38_143685_box_Incident_Summaries_173-233
Agency: Department of War
Page 39
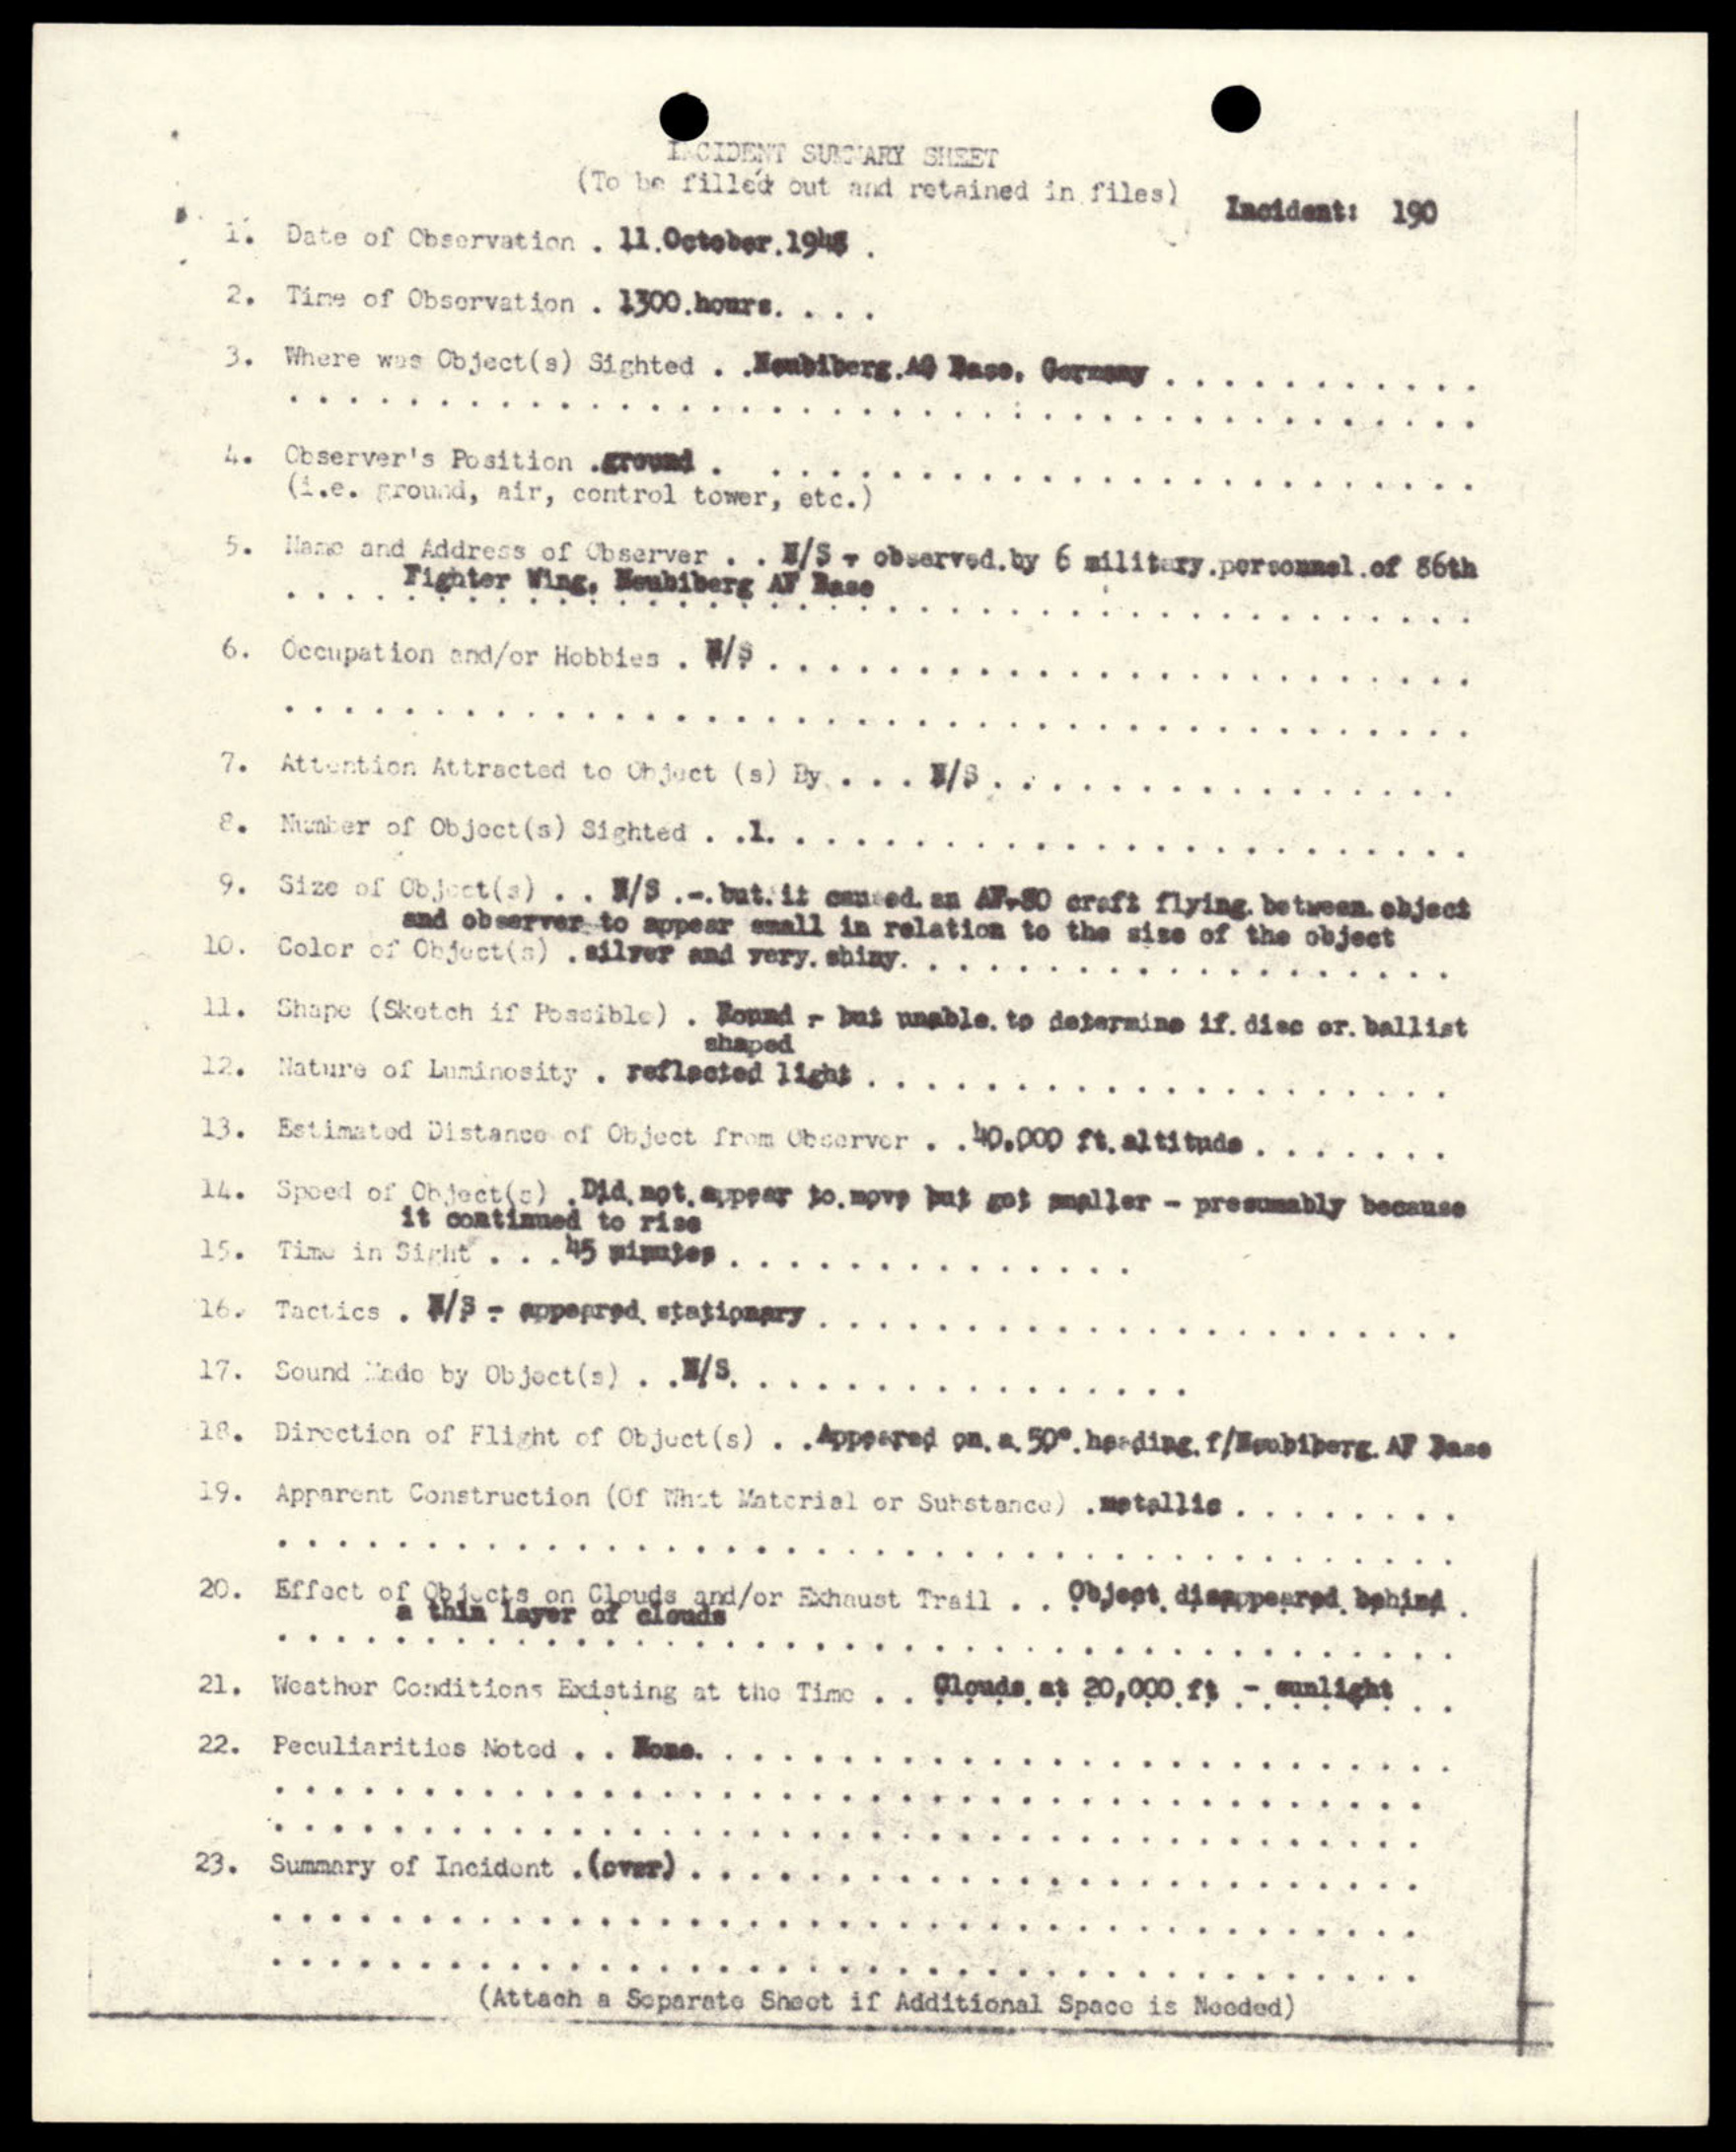